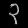
Digit: ၃